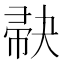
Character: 𪩺